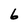
Character: 6